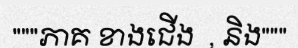
"""ភាគ ខាងជើង  , និង"""